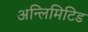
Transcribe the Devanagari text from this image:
अन्लिमिटिड